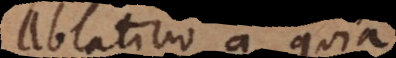
Ablativo a, quia